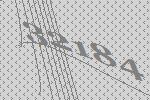
32184